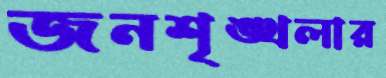
জনশৃঙ্খলার